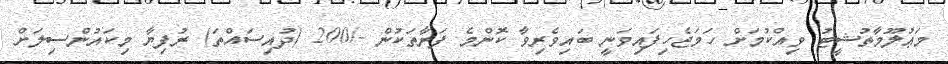
މަޢުލޫމާތުޝީޓު ވިއްކުމަށް ހަމަޖެހިފައިވަނީ ބައިވެރިވާ ކޮންމެ ފަރާތަކުން -/200 (ދުއިސައްތަ) ރުފިޔާ މިކައުންސިލަށް